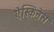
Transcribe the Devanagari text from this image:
ऐस्किनेस